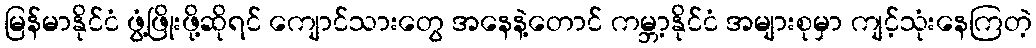
မြန်မာနိုင်ငံ ဖွံ့ဖြိုးဖို့ဆိုရင် ကျောင်သားတွေ အနေနဲ့တောင် ကမ္ဘာ့နိုင်ငံ အများစုမှာ ကျင့်သုံးနေကြတဲ့